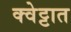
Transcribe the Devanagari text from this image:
क्वेट्टात